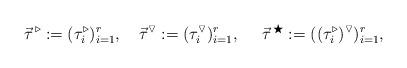
LaTeX: \begin{align*} \vec{\tau}^{ \, \triangleright} := (\tau_i^\triangleright)_{i=1}^r, \ \ \ \vec{\tau}^{\triangledown} := (\tau_i^\triangledown)_{i=1}^r, \ \ \ \ \vec{\tau}^{\, \bigstar} := ((\tau_i^\triangleright)^\triangledown)_{i=1}^r,\end{align*}